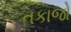
તકાજો